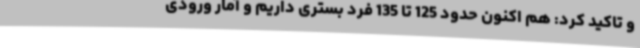
و تاکید کرد: هم اکنون حدود 125 تا 135 فرد بستری داریم و آمار ورودی